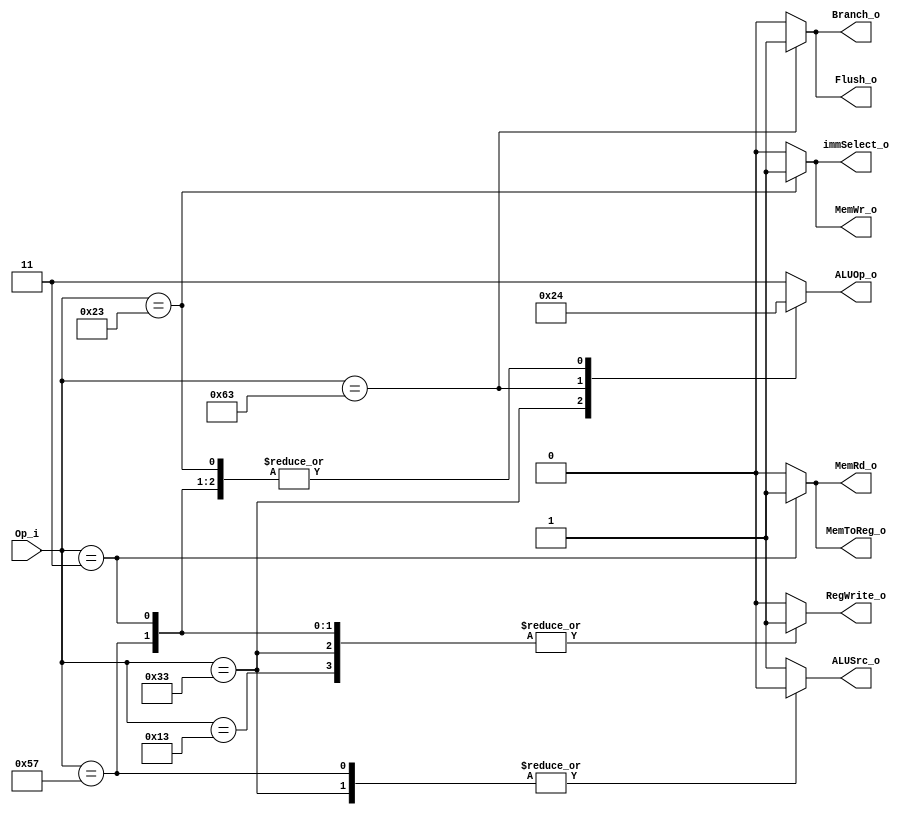
module Control(
    Op_i       ,
    ALUOp_o    ,
    ALUSrc_o   ,
    RegWrite_o ,
    MemRd_o,
    MemWr_o,
    MemToReg_o,
    Branch_o,
    immSelect_o,
    Flush_o //flush the pipeline
);

//ports

input [6:0]     Op_i;
output reg[1:0]     ALUOp_o;  //what operation to perform.
output  reg      ALUSrc_o, immSelect_o;

//=======================================================
// ALUSrc_o : = '1': (register and immediate value)
//            = '0': (value of two registers)
output  reg    RegWrite_o, MemRd_o, MemWr_o, MemToReg_o, Branch_o, Flush_o;




always@(*)begin

  case(Op_i)

  7'b0010011 : begin //addi
    ALUOp_o = 2'b11;
    ALUSrc_o = 1'b1;
    RegWrite_o = 1'b1;   //write result back to register file
    MemRd_o = 1'b0;     //read data from memory
    MemWr_o = 1'b0;     //write data to memory
    MemToReg_o = 1'b0;      //write data from memory to register file
    Branch_o = 1'b0;
    immSelect_o = 1'b0;
    Flush_o = 1'b0;
  end
  
  7'b0110011 : begin //others
    ALUOp_o = 2'b10;
    ALUSrc_o = 1'b0;
    RegWrite_o = 1'b1;
    MemRd_o = 1'b0;
    MemWr_o = 1'b0;
    MemToReg_o = 1'b0;
    Branch_o = 1'b0;
    immSelect_o = 1'b0;
    Flush_o = 1'b0;
  end

  7'b1100011 : begin //branch
    ALUOp_o = 2'b01;
    ALUSrc_o = 1'b1;
    RegWrite_o = 1'b0;
    MemRd_o = 1'b0;
    MemWr_o = 1'b0;
    MemToReg_o = 1'b0;
    Branch_o = 1'b1;
    immSelect_o = 1'b0;
    Flush_o = 1'b1;
  end

  7'b0000011 : begin //lw
    ALUOp_o = 2'b00;
    ALUSrc_o = 1'b1;
    MemRd_o = 1'b1;
    MemToReg_o = 1'b1;
    RegWrite_o = 1'b1;
    MemWr_o = 1'b0;
    Branch_o = 1'b0;
    immSelect_o = 1'b0;
    Flush_o = 1'b0;
  end

  7'b0100011 : begin //sw
    ALUOp_o = 2'b00;
    ALUSrc_o = 1'b1;
    MemWr_o = 1'b1;
    RegWrite_o = 1'b0;
    MemRd_o = 1'b0;
    MemToReg_o = 1'b0;
    Branch_o = 1'b0;
    immSelect_o = 1'b1;
    Flush_o = 1'b0;
  end

  //---------NEW-----------
  7'b1010111: begin //vector
    ALUOp_o = 2'b00; //useless
    ALUSrc_o = 1'b0;
    RegWrite_o = 1'b1;
    MemRd_o = 1'b0;
    MemWr_o = 1'b0;
    MemToReg_o = 1'b0;
    Branch_o = 1'b0;
    immSelect_o = 1'b0;
    Flush_o = 1'b0;
  end
  //---------NEW-----------

  default : begin
    ALUOp_o = 2'b11;
    ALUSrc_o = 1'b1;
    RegWrite_o = 1'b0;
    MemRd_o = 1'b0;
    MemWr_o = 1'b0;
    MemToReg_o = 1'b0;
    Branch_o = 1'b0;
    immSelect_o = 1'b0;
    Flush_o = 1'b0;
  end
  endcase
end
endmodule